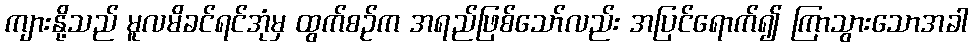
ကျားနို့သည် မူလမိခင်ရင်အုံမှ ထွက်စဉ်က အရည်ဖြစ်သော်လည်း အပြင်ရောက်၍ ကြာသွားသောအခါ